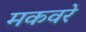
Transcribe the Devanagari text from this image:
मकवरे